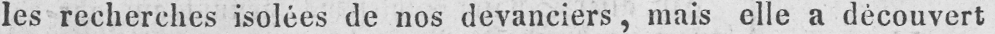
les recherches isolées de nos devanciers, mais elle a découvert